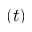
( t )